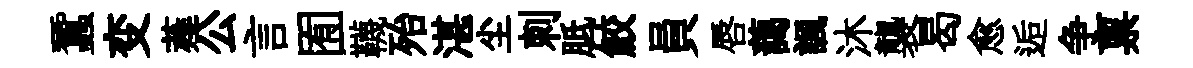
蠶变薤公言囿韈殆湛尘刺胝鮫員唇藹諷沐襲曷愈逅争禀